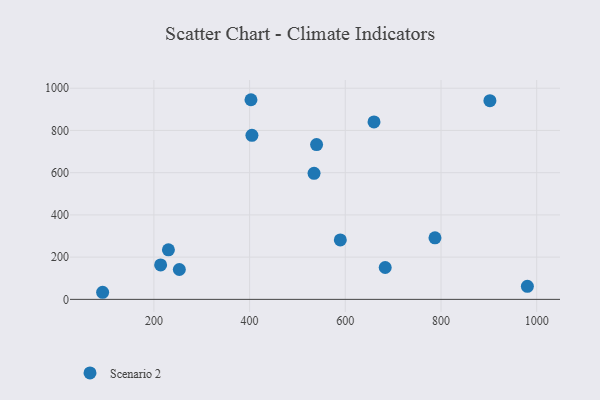
{"axis": {"x": "Speed", "y": "Salary"}, "legend": ["Scenario 2"], "data": [{"x": "404.9", "y": 777.0, "type": "Scenario 2"}, {"x": "214.1", "y": 163.2, "type": "Scenario 2"}, {"x": "534.7", "y": 596.8, "type": "Scenario 2"}, {"x": "902.2", "y": 940.8, "type": "Scenario 2"}, {"x": "92.9", "y": 33.6, "type": "Scenario 2"}, {"x": "980.5", "y": 61.9, "type": "Scenario 2"}, {"x": "540.0", "y": 732.9, "type": "Scenario 2"}, {"x": "683.4", "y": 150.9, "type": "Scenario 2"}, {"x": "230.4", "y": 234.6, "type": "Scenario 2"}, {"x": "660.0", "y": 840.2, "type": "Scenario 2"}, {"x": "402.9", "y": 945.5, "type": "Scenario 2"}, {"x": "589.6", "y": 281.6, "type": "Scenario 2"}, {"x": "787.4", "y": 291.7, "type": "Scenario 2"}, {"x": "253.2", "y": 141.4, "type": "Scenario 2"}]}